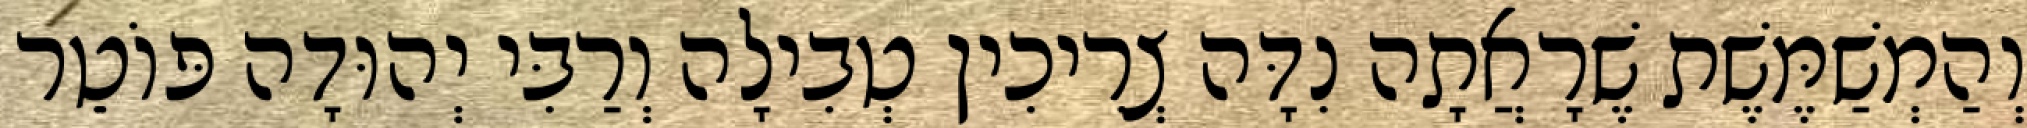
וְהַמְשַׁמֶּשֶׁת שֶׁרָאֲתָה נִדָּה צְרִיכִין טְבִילָה וְרַבִּי יְהוּדָה פּוֹטֵר